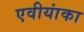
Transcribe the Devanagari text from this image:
एवीयांका